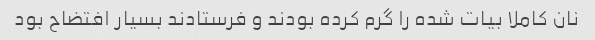
نان کاملا بیات شده را گرم کرده بودند و فرستادند بسیار افتضاح بود